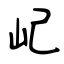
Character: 屺